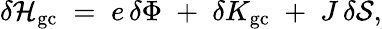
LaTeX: \delta{\cal H}_{\mathrm{gc}}\; =\; e\, \delta\Phi\; +\; \delta K_{\mathrm{gc}}\; +\; J\, \delta{\cal S},